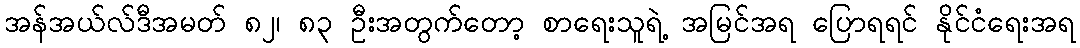
အန်အယ်လ်ဒီအမတ် ၈၂၊ ၈၃ ဦးအတွက်တော့ စာရေးသူရဲ့ အမြင်အရ ပြောရရင် နိုင်ငံရေးအရ